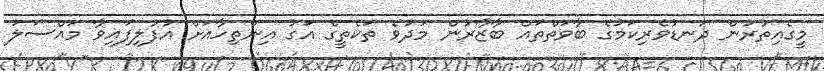
މީގެއިތުރުން ދަނޑުވެރިކަމުގެ ބާވަތްތައް ބާޒާރުން މަދުވެ ތަކެތީގެ އަގު އިންތިހާއަށް އުފުލިފައިވާ މައްސަލަ